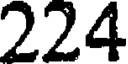
224